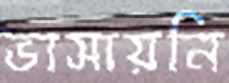
ভাসায়নি